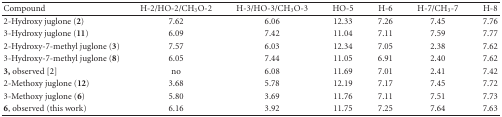
| Compound | H-2/HO-2/CH3O-2 | H-3/HO-3/CH3O-3 | HO-5 | H-6 | H-7/CH3-7 | H-8 |
 | --- | --- | --- | --- | --- | --- | --- |
 | 2-Hydroxy juglone (2) | 7.62 | 6.06 | 12.33 | 7.26 | 7.45 | 7.76 |
 | 3-Hydroxy juglone (11) | 6.09 | 7.42 | 11.04 | 7.11 | 7.59 | 7.77 |
 | 2-Hydroxy-7-methyl juglone (3) | 7.57 | 6.03 | 12.34 | 7.05 | 2.38 | 7.62 |
 | 3-Hydroxy-7-methyl juglone (8) | 6.05 | 7.44 | 11.05 | 6.91 | 2.40 | 7.62 |
 | 3, observed [2] | no | 6.08 | 11.69 | 7.01 | 2.41 | 7.42 |
 | 2-Methoxy juglone (12) | 3.68 | 5.78 | 12.19 | 7.17 | 7.45 | 7.72 |
 | 3-Methoxy juglone (6) | 5.80 | 3.69 | 11.76 | 7.11 | 7.51 | 7.73 |
 | 6, observed (this work) | 6.16 | 3.92 | 11.75 | 7.25 | 7.64 | 7.63 |